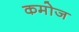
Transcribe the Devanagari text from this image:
कमोज